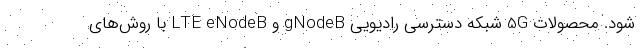
شود. محصولات 5G شبکه دسترسی رادیویی gNodeB و LTE eNodeB با روش‌های